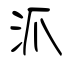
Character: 沠